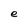
Character: e